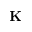
\mathbf { K }